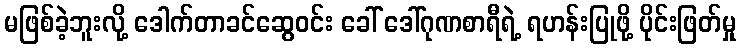
မဖြစ်ခဲ့ဘူးလို့ ဒေါက်တာခင်ဆွေဝင်း ခေါ် ဒေါ်ဂုဏစာရီရဲ့ ရဟန်းပြုဖို့ ပိုင်းဖြတ်မှု